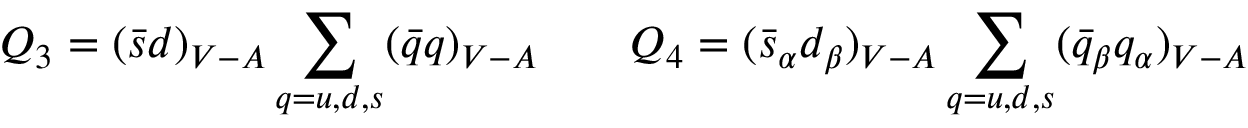
Q _ { 3 } = ( \bar { s } d ) _ { V - A } \sum _ { q = u , d , s } ( \bar { q } q ) _ { V - A } ~ ~ ~ ~ ~ ~ Q _ { 4 } = ( \bar { s } _ { \alpha } d _ { \beta } ) _ { V - A } \sum _ { q = u , d , s } ( \bar { q } _ { \beta } q _ { \alpha } ) _ { V - A }